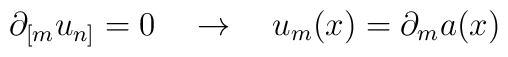
\partial_{[m}u_{n]}=0~~~\rightarrow~~~u_m(x)=\partial_ma(x)